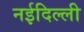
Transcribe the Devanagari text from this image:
नईदिल्ली